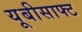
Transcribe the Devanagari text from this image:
यूबीसाफ्ट